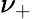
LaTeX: \nu_{+}